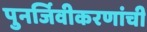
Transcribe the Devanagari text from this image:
पुनर्जिवीकरणांची